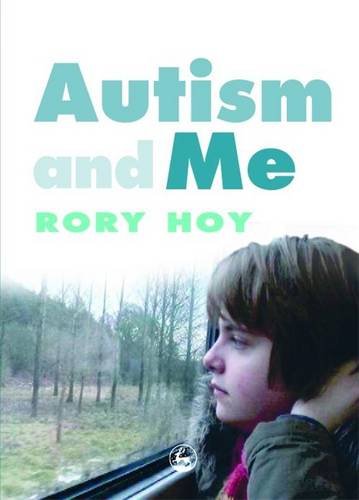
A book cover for Autism and Me; Rory Hoy; Health, Fitness & Dieting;